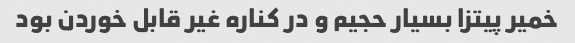
خمیر پیتزا بسیار حجیم و در کناره غیر قابل خوردن بود